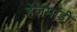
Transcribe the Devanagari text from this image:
हेजमाड़ी